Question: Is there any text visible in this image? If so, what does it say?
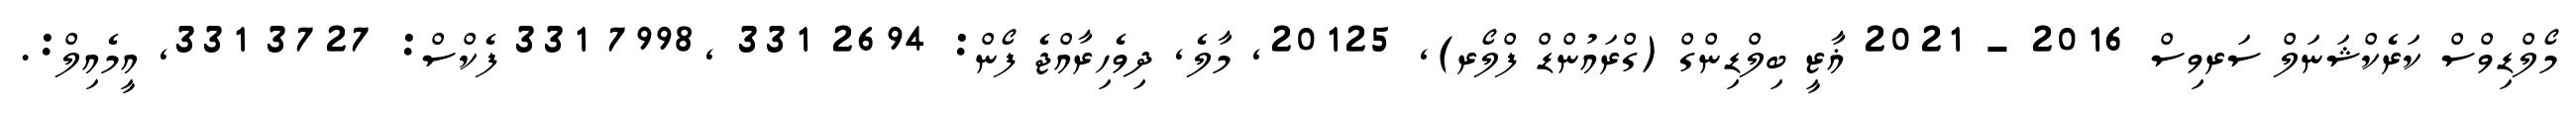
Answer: މޯލްޑިވްސް ކަރެކްޝަނަލް ސަރވިސް 2016 - 2021 ޣާޒީ ބިލްޑިންގް (ގްރައުންޑް ފްލޯރ), 20125, މާލެ, ދިވެހިރާއްޖެ ފޯން: 2694 331 ,7998 331 ފެކްސް: 3727 331, އީމެއިލް:.